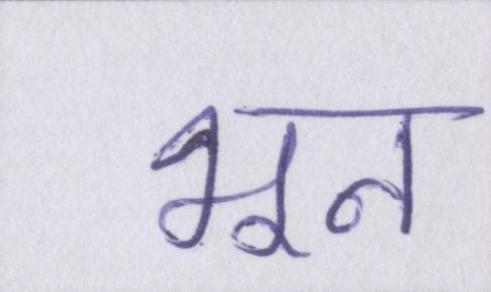
भून